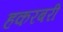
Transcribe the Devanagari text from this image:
हकरबरी